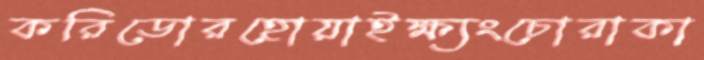
করিডোরহোয়াইক্ষ্যংচোরাকা